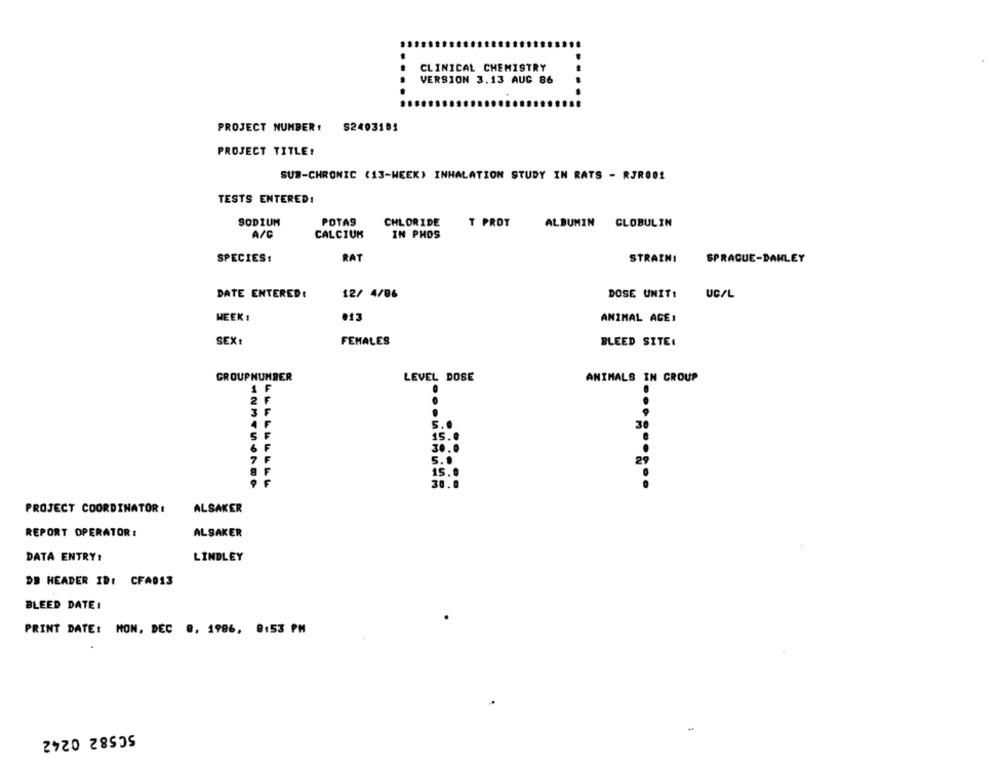
CLINICAL CHEMISTRY
VERSION 3.13 AUG 86
PROJECT NUMBER: $2403181
PROJECT TITLE!
SUB-CHRONIC (13-WEEK) INHALATION STUDY IN RATS - RJR001
TESTS ENTERED!
SODIUM
POTAS
CHLORIDE
T PROT
ALBUMIN
CLOBULIN
A/C
CALCIUM
IN PHOS
SPECIES:
RAT
STRAINI
SPRAGUE-DAHLEY
DATE ENTERED:
UC/L
12/ 4/86
DOSE UNIT:
013
WEEK :
ANIMAL AGE1
FEMALES
SEX:
BLEED SITE:
GROUPNUMBER
LEVEL DOSE
ANIMALS IN CROUP
1 F
2 ₣
3
F
F
30
F
F
30.0
15.
8
30.0
PROJECT COORDINATOR :
ALSAKER
ALSAKER
REPORT OPERATOR:
DATA ENTRY:
LINDLEY
DB HEADER ID: CFA013
BLEED DATE :
PRINT DATE: MON, DEC 8, 1986, 8:53 PM
50582 0242
-